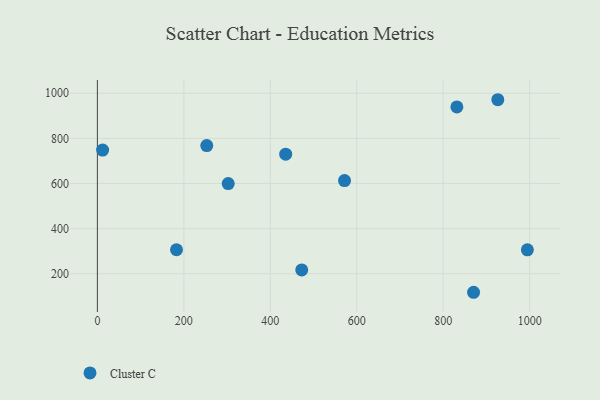
{"axis": {"x": "Ad Spend", "y": "Exam Score"}, "legend": ["Cluster C"], "data": [{"x": "831.6", "y": 939.6, "type": "Cluster C"}, {"x": "253.0", "y": 767.9, "type": "Cluster C"}, {"x": "926.3", "y": 971.3, "type": "Cluster C"}, {"x": "472.7", "y": 216.7, "type": "Cluster C"}, {"x": "435.6", "y": 729.9, "type": "Cluster C"}, {"x": "870.2", "y": 117.7, "type": "Cluster C"}, {"x": "302.6", "y": 599.4, "type": "Cluster C"}, {"x": "994.7", "y": 305.8, "type": "Cluster C"}, {"x": "571.7", "y": 612.8, "type": "Cluster C"}, {"x": "12.1", "y": 748.3, "type": "Cluster C"}, {"x": "183.0", "y": 306.3, "type": "Cluster C"}]}